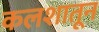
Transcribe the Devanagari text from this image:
कलशातून